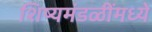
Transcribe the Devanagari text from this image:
शिष्यमंडळींमध्ये